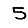
Digit: 5